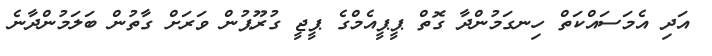
އަދި އެމަސައްކަތް ހިނގަމުންދާ ގޮތް ޕީޕީއެމްގެ ޕީޖީ ގުރޫޕުން ވަރަށް ގާތުން ބަލަމުންދާނެ